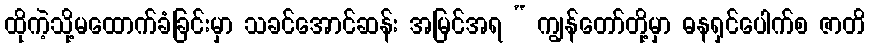
ထိုကဲ့သို့မထောက်ခံခြင်းမှာ သခင်အောင်ဆန်း အမြင်အရ “ ကျွန်တော်တို့မှာ ဓနရှင်ပေါက်စ ဇာတိ